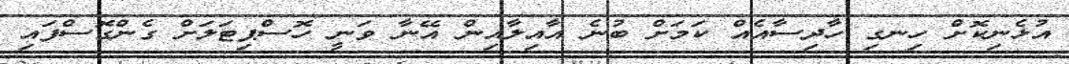
އުޅެނިކޮށް ހިނގި ހާދިސާއެއް ކަމަށް ބުނެ އާއިލާއިން އޭނާ ވަނީ ހޮސްޕިޓަލަށް ގެންގޮސްފައި